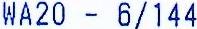
WA20 - 6/144